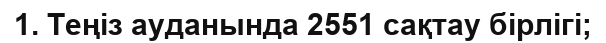
1. Теңіз ауданында 2551 сақтау бірлігі;